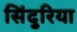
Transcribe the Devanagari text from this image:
सिंदुरिया